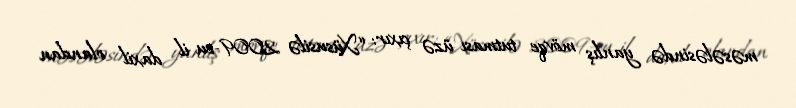
məsələsində yanlış mövqe tutması üzə çıxır: “Xüsusilə 2009-cu il daxil olandan